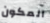
المكون